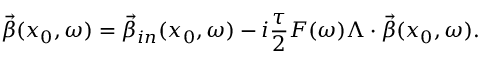
\vec { \beta } ( x _ { 0 } , \omega ) = \vec { \beta } _ { i n } ( x _ { 0 } , \omega ) - i \frac { \tau } { 2 } F ( \omega ) \Lambda \cdot \vec { \beta } ( x _ { 0 } , \omega ) .